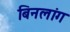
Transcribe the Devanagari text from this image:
बिनलांग